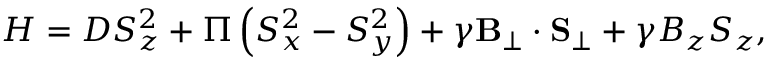
\begin{array} { r } { { H } = D S _ { z } ^ { 2 } + \Pi \left( S _ { x } ^ { 2 } - S _ { y } ^ { 2 } \right) + \gamma \mathbf { B } _ { \perp } \cdot \mathbf { S } _ { \perp } + \gamma B _ { z } S _ { z } , } \end{array}